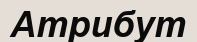
Атрибут